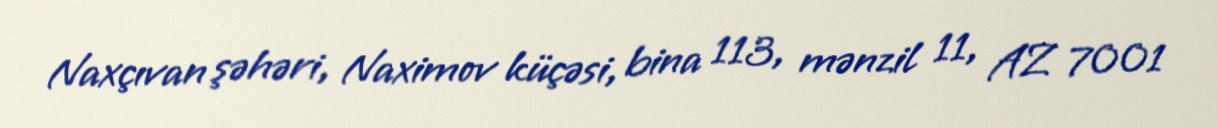
Naxçıvan şəhəri, Naximov küçəsi, bina 113, mənzil 11, AZ 7001